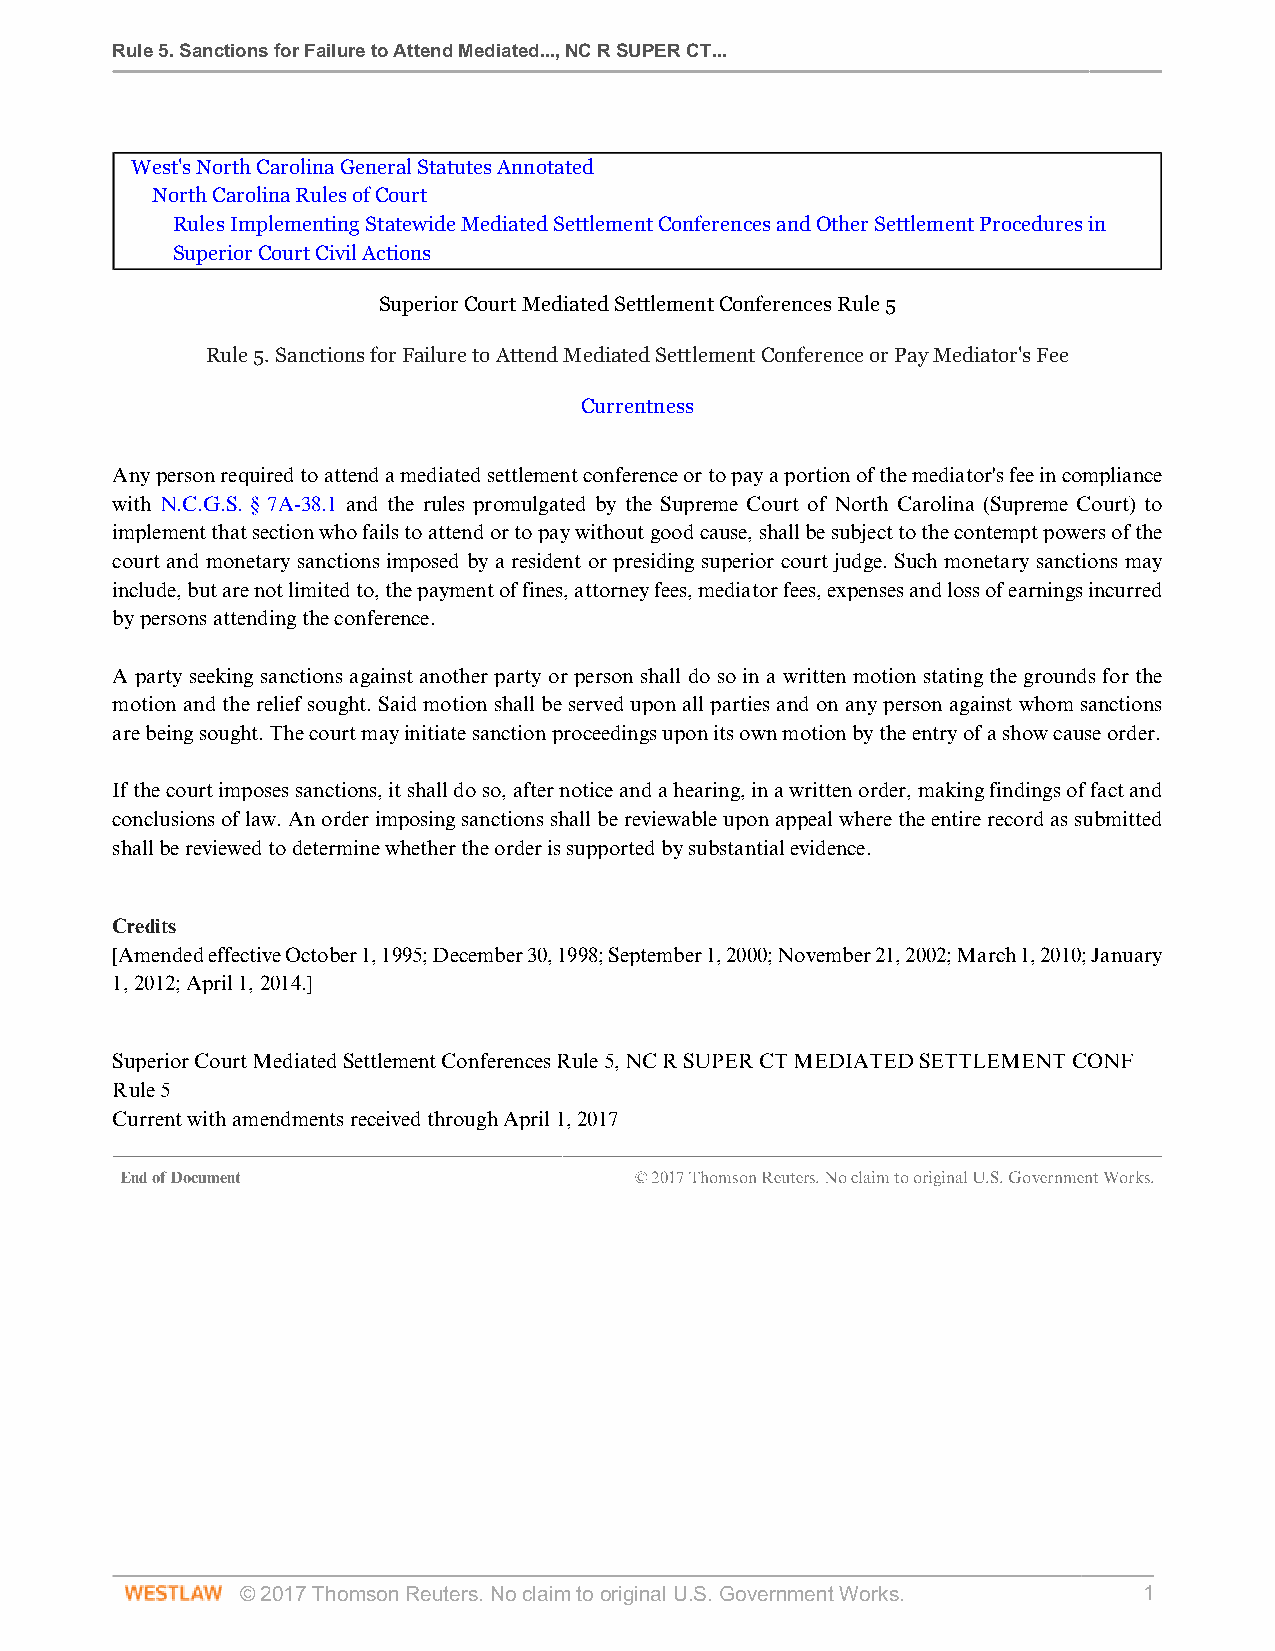
Rule 5. Sanctions for Failure to Attend Mediated..., NC R SUPER CT...
 West's North Carolina General Statutes Annotated
 North Carolina Rules of Court
 Rules Implementing Statewide Mediated Settlement Conferences and Other Settlement Procedures in
 Superior Court Civil Actions
 Superior Court Mediated Settlement Conferences Rule 5
 Rule 5. Sanctions for Failure to Attend Mediated Settlement Conference or Pay Mediator's Fee
 Currentness
 Any person required to attend a mediated settlement conference or to pay a portion of the mediator's fee in compliance
 with N.C.G.S. § 7A-38.1 and the rules promulgated by the Supreme Court of North Carolina (Supreme Court) to
 implement that section who fails to attend or to pay without good cause, shall be subject to the contempt powers of the
 court and monetary sanctions imposed by a resident or presiding superior court judge. Such monetary sanctions may
 include, but are not limited to, the payment of fines, attorney fees, mediator fees, expenses and loss of earnings incurred
 by persons attending the conference.
 A party seeking sanctions against another party or person shall do so in a written motion stating the grounds for the
 motion and the relief sought. Said motion shall be served upon all parties and on any person against whom sanctions
 are being sought. The court may initiate sanction proceedings upon its own motion by the entry of a show cause order.
 If the court imposes sanctions, it shall do so, after notice and a hearing, in a written order, making findings of fact and
 conclusions of law. An order imposing sanctions shall be reviewable upon appeal where the entire record as submitted
 shall be reviewed to determine whether the order is supported by substantial evidence.
 Credits
 [Amended effective October 1, 1995; December 30, 1998; September 1, 2000; November 21, 2002; March 1, 2010; January
 1, 2012; April 1, 2014.]
 Superior Court Mediated Settlement Conferences Rule 5, NC R SUPER CT MEDIATED SETTLEMENT CONF
 Rule 5
 Current with amendments received through April 1, 2017
 End of Document                   © 2017 Thomson Reuters. No claim to original U.S. Government Works.
 © 2017 Thomson Reuters. No claim to original U.S. Government Works. 1